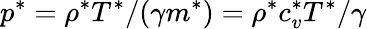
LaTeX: p^{*}=\rho^{*}T^{*}/(\gamma m^{*})=\rho^{*}c_{v}^{*}T^{*}/\gamma